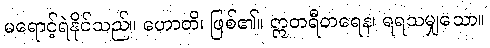
မရောင့်ရဲနိုင်သည်။ ဟောတိ၊ ဖြစ်၏။ ဣတရီတရေန၊ ရရသမျှသော။